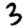
Digit: 3